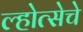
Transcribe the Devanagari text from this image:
ल्होत्सेचे